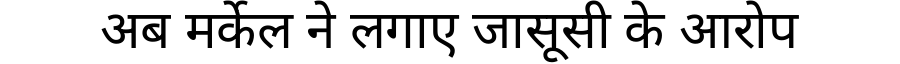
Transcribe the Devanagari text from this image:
अब मर्केल ने लगाए जासूसी के आरोप